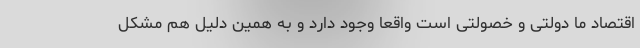
اقتصاد ما دولتی و خصولتی است واقعا وجود دارد و به همین دلیل هم مشکل